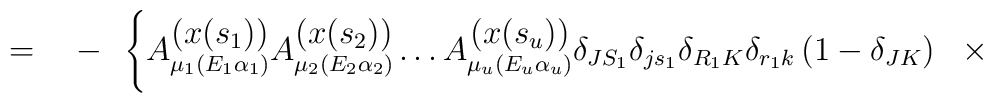
=\quad-\ \ \Bigg\{A\raisebox{-4pt}{$\stackrel{\displaystyle{(x(s_1))}} 	{\scriptstyle{\mu_1(E_1\alpha_1)}}$} 	A\raisebox{-4pt}{$\stackrel{\displaystyle{(x(s_2))}} 	{\scriptstyle{\mu_2(E_2\alpha_2)}}$} 	\dots A\raisebox{-4pt}{$\stackrel{\displaystyle{(x(s_u))}} 	{\scriptstyle{\mu_u(E_u\alpha_u)}}$} 	\delta_{JS_1}\delta_{js_1}\delta_{R_1K}\delta_{r_1k}\left(1- 	\delta_{JK}\right)\ \ \times